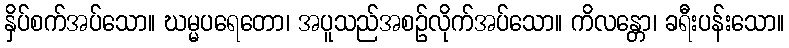
နှိပ်စက်အပ်သော။ ဃမ္မပရေတော၊ အပူသည်အစဉ်လိုက်အပ်သော။ ကိလန္တော၊ ခရီးပန်းသော။